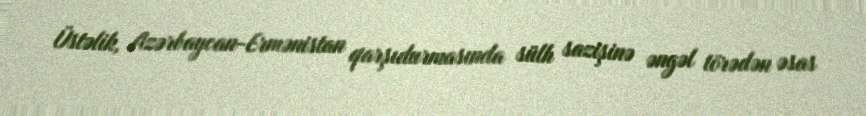
Üstəlik, Azərbaycan-Ermənistan qarşıdurmasında sülh sazişinə əngəl törədən əsas